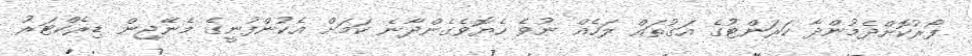
ފޯރުކޮށްދެމުންދާ ކަރަންޓުގެ އަގުތައް ލަހެއް ނުވެ ހެޔޮވެގެންދާނެ ކަމަށް އެކުންފުނީގެ މެނޭޖިން ޑިރެކްޓަރު